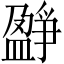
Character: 𤔷